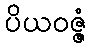
ပိယဝဇ္ဇံ